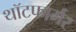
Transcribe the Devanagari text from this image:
थॉटफार्मर